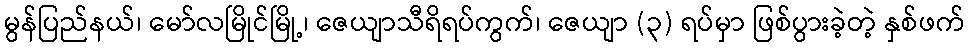
မွန်ပြည်နယ်၊ မော်လမြိုင်မြို့၊ ဇေယျာသီရိရပ်ကွက်၊ ဇေယျာ (၃) ရပ်မှာ ဖြစ်ပွားခဲ့တဲ့ နှစ်ဖက်